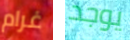
غرام يوجد